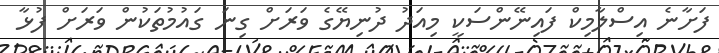
ފަށާނެ އިސްލާމިކް ފައިނޭންސަކީ މިއަދު ދުނިޔޭގެ ވަރަށް ގިނަ ގައުމުތަކުން ވަރަށް ފުޅާ